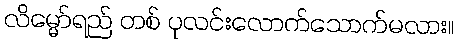
လိမ္မော်ရည် တစ် ပုလင်းလောက်သောက်မလား။